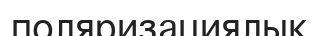
поляризациялық